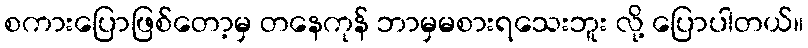
စကားပြောဖြစ်တော့မှ တနေကုန် ဘာမှမစားရသေးဘူး လို့ ပြောပါတယ်။